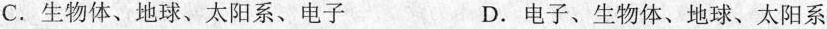
C.生物体、地球、太阳系、电子 D.电子、生物体、地球、太阳系